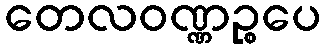
တေလဝဏ္ဏဉ္စပေ